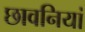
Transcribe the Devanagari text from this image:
छावनियां